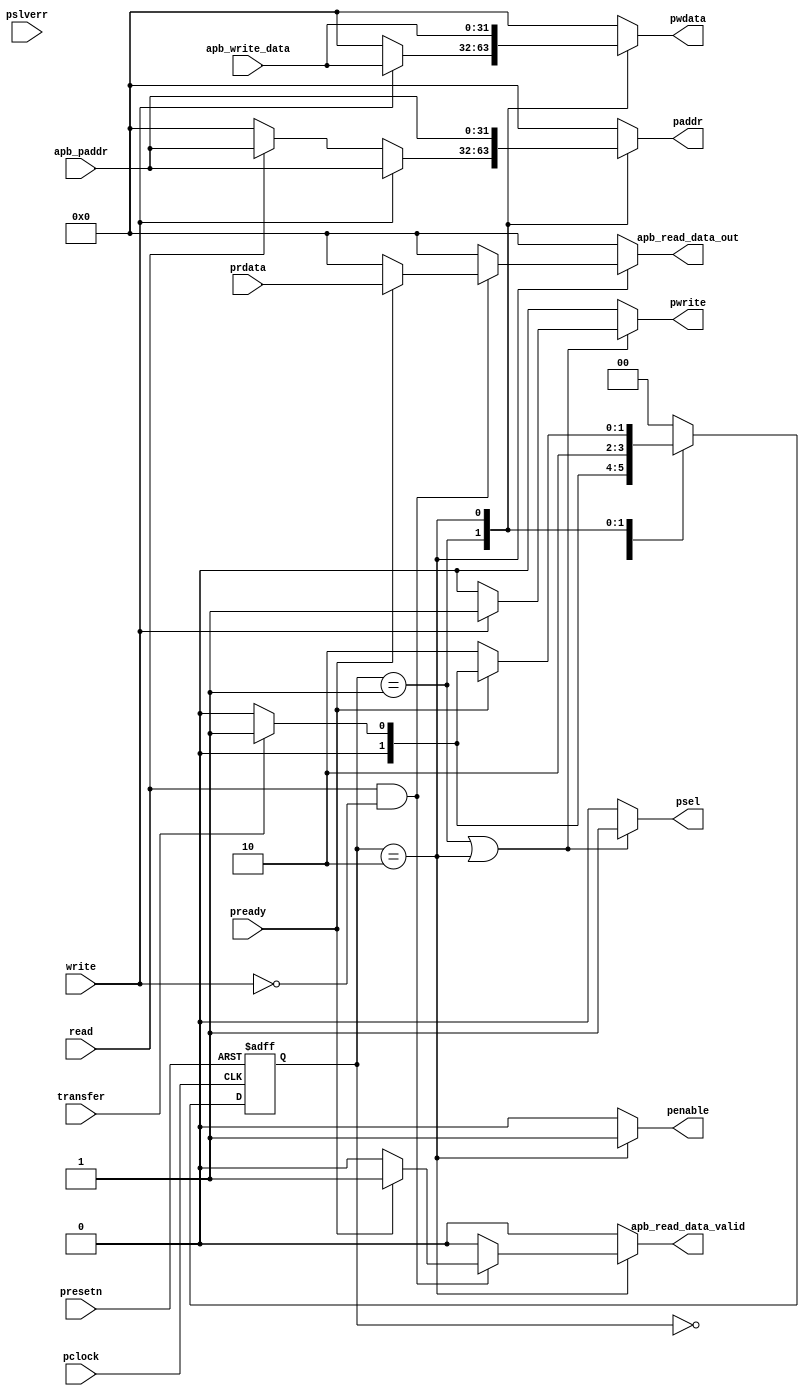
module apb_master
													   #(
		parameter 	ADDR_WIDTH = 32						, // 32 bit address bit
		parameter 	DATA_WIDTH = 32						  // 32 bit data bit
														)
														(
		//system control ports
		
		input 		pclock								, // APB clock source  
		input 		presetn								, // Active low reset signal
					
		//Signals comming from JTAG
		
		input 		transfer							, // Indicates start of transaction coming from APB_Master_Slave_Top
		input 		read								, // Indicates read operation coming from APB_Master_Slave_Top
		input 		write								, // Indicates write operation coming from APB_Master_Slave_Top
		input 		[ADDR_WIDTH-1:0] apb_paddr			, // Address signal coming from APB_Master_Slave_Top
		input 		[DATA_WIDTH-1:0] apb_write_data		, // Write data coming from APB_Master_Slave_Top
					
		//Signals comming from the APB Slave
		
		input 		[DATA_WIDTH-1:0] prdata				, // Read data coming from Slave
		input 		pready								, // Ready signal which represents Slave is ready to write or read
		input 		pslverr								, // Pslverr signal indicates failure of transfer

		//outputs of APB Master
		
		output 		psel								, // Signal to select APB Slave 
		output 		pwrite								, // Indicates write or read operation to be performed to Slave
		output reg	penable								, // Enable signal indicates its ACCESS state
		output reg 	[ADDR_WIDTH-1:0] paddr				, // Address signal going to Slave
		output reg 	[DATA_WIDTH-1:0] pwdata				, // Write data going to APB Slave
		output reg 	[DATA_WIDTH-1:0] apb_read_data_out	, // Data read from Slave in read operation  
		output reg 	apb_read_data_valid					 // Data valid signal
        //output [1:0]                 state
													   );
													   
		//DECLARATION OF STATES
		
		reg [1:0] present_state							; // Present state Indication
		reg [1:0] next_state							; // Next state Indication

        //assign state = present_state;

		// LCOAL PARAMETERS DECLARATION FOR OPERATING STATES IN APB
		
		localparam IDLE = 2'b00						; // IDLE state declaration
		localparam SETUP = 2'b01						; // SETUP state declaration
		localparam ACCESS = 2'b10						; // ACCESS state declaration
					

		//FSM PRESENT STATE LOGIC

		always@(posedge pclock or negedge presetn)
			begin
				if(~presetn)						    	// Under reset FSM moves to IDLE
					begin
						present_state <= IDLE;
					end
				else										// else moves to next state
					begin
						present_state <= next_state;
					end
			end

		//FSM NEXT STATE LOGIC 	
		
		always@(*)
			begin
				case(present_state)
				
					IDLE: 	begin
								if(transfer)					// If transfer moves to SETUP state
									begin
										next_state = SETUP;
									end
								else    					    // else stays in the IDLE state
									begin
										next_state = IDLE;
									end
							end
						
					SETUP: 	begin
								next_state = ACCESS;			// Directly goes to ACCESS state on No condition
							end

					ACCESS:	begin						
								if(pready)
									begin
										if(transfer)         	// If pready and transfer are high FSM moves to SETUP for Continous Transactions
											begin
												next_state = SETUP;
											end
										else 					// If pready high and No transfer FSM moves to IDLE
											begin
												next_state = IDLE;
											end
									end
								else   							// If pready is low FSM stays in the ACCESS state
									begin
										next_state = ACCESS;
									end
							end
								
					default : next_state = IDLE; 				// Default state is IDLE state
				endcase
			end

		//FSM OUTPUT LOGIC
		
		always@(*)
			begin
				case(present_state)
				
					IDLE: 	begin             
								penable =0;
								paddr=0;
								pwdata=0;
								apb_read_data_out=0;
								apb_read_data_valid =0;
							end
							
					SETUP: 	begin
								penable =0;
								apb_read_data_out = 0;
								apb_read_data_valid = 0;
								if(write)
									begin
										paddr = apb_paddr;
										pwdata = apb_write_data;
									end
								else if(read)
									begin
										paddr = apb_paddr;
										pwdata = 0;
									end
								else
									begin
										paddr = 0;
										pwdata = 0;
									end	
							end
							
					ACCESS: begin
								penable =1;
	paddr = apb_paddr;
										pwdata = apb_write_data;
                                
								if(read && !write)
									begin
										if(pready)
											begin
												apb_read_data_out = prdata;
												apb_read_data_valid = 1;
											end
										else
											begin
												apb_read_data_out =0;
												apb_read_data_valid =0;
											end
									end
								else
									begin
										apb_read_data_out = 0;
										apb_read_data_valid = 0;
									end
							end
                            default: 
                            begin
                                penable =0;
								paddr=0;
								pwdata=0;
								apb_read_data_out=0;
								apb_read_data_valid =0;

                            end
				endcase
			end

		
		// Pselx Logic
		assign psel = ((present_state == SETUP) || (present_state == ACCESS)) ? 1'b1 : 1'b0;

		// Pwrite Logic	
		assign pwrite = ((present_state == SETUP) || (present_state == ACCESS)) ? (write ? 1'b1 : 1'b0) : 1'b0;

endmodule